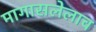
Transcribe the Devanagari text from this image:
मागासलेलाच